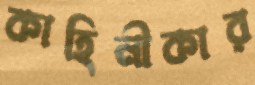
কাহিনীকার